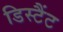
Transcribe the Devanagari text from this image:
डिस्टैंट